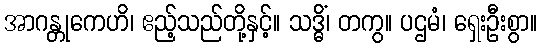
အာဂန္တုကေဟိ၊ ဧည့်သည်တို့နှင့်။ သဒ္ဓိံ၊ တကွ။ ပဌမံ၊ ရှေးဦးစွာ။